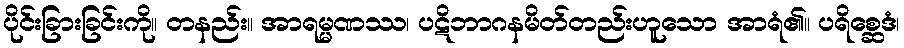
ပိုင်းခြားခြင်းကို။ တနည်း။ အာရမ္မဏဿ၊ ပဋိဘာဂနမိတ်တည်းဟူသော အာရံ၏။ ပရိစ္ဆေဒံ၊